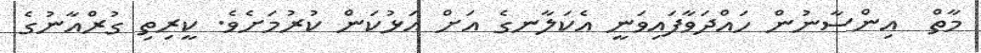
މާތް  އިންސާނުން ހައްދަވާފައިވަނީ އެކަލާނގެ އަށް އަޅުކަން ކުރުމަށެވެ. ކީރިތި ގުރްއާނުގެ